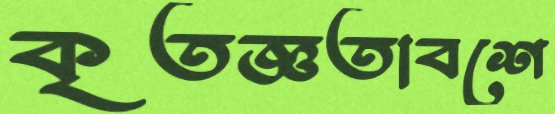
কৃতজ্ঞতাবশে